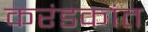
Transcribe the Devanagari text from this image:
करंडकांत